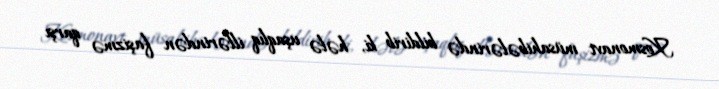
Kosmonavt müsahibələrində bildirib ki, hələ uşaqlıq illərindən faşizmə qarşı